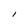
Character: I